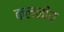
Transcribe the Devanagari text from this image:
कलनीय